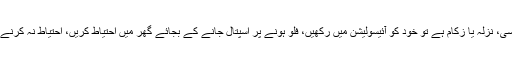
انہوں نے کہا کہ اگر کسی کو کھانسی، نزلہ یا زکام ہے تو خود کو آئیسولیشن میں رکھیں، فلو ہونے پر اسپتال جانے کے بجائے گھر میں احتیاط کریں، احتیاط نہ کرنے سے بیماری تیزی سے پھیلے گی۔